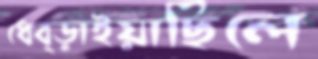
ধেব্‌ড়াইয়াছিলে